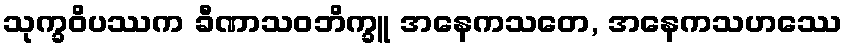
သုက္ခဝိပဿက ခီဏာသဝဘိက္ခူ အနေကသတေ, အနေကသဟဿေ